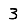
Digit: 3